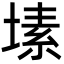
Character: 塐